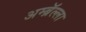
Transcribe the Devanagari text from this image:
अम्ब्रॅल्ला